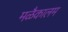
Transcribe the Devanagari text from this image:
मळैकालम